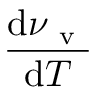
\frac { \mathrm { d } \nu _ { \mathrm { ~ v ~ } } } { \mathrm { d } T }